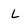
Character: L